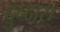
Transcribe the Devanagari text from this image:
दुन्दास